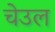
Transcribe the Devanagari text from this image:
चेउल